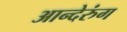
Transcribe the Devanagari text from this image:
आन्देरुंग